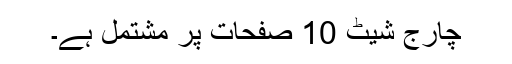
چارج شیٹ 10 صفحات پر مشتمل ہے۔